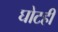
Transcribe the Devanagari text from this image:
घोटही